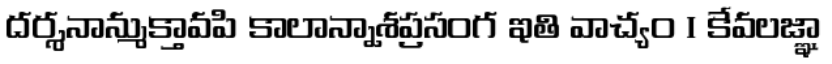
దర్శనాన్ముక్తావపి కాలాన్నాశప్రసంగ ఇతి వాచ్యం । కేవలజ్ఞా